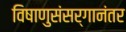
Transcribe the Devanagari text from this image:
विषाणुसंसर्गानंतर